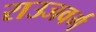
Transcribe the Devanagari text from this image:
राउजवर्ग